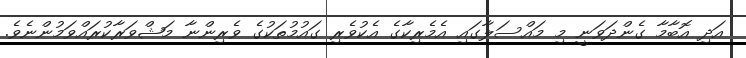
އަދި އޮބާމާ ގެންދަވަނީ މި މައްސަލާގައި އެމެރިކާގެ އެކުވެރި ގައުމުތަކުގެ ވެރިންނާ މަޝްވަރާކުރައްވަމުންނެވެ.